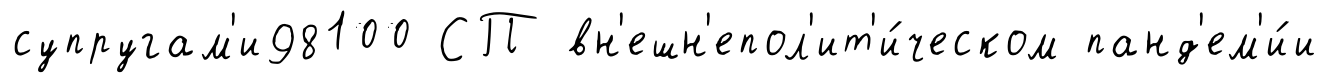
супругам'и98100 СП вн'ешн'епол'ит'и́ческом панд'ем'и́и